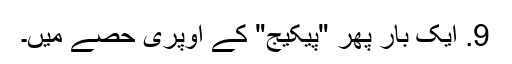
9. ایک بار پھر "پیکیج" کے اوپری حصے میں۔